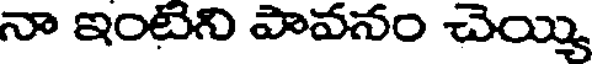
నా ఇంటిని పావనం చెయ్యి